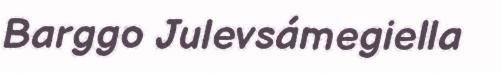
Barggo Julevsámegiella